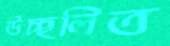
উচ্ছলিত